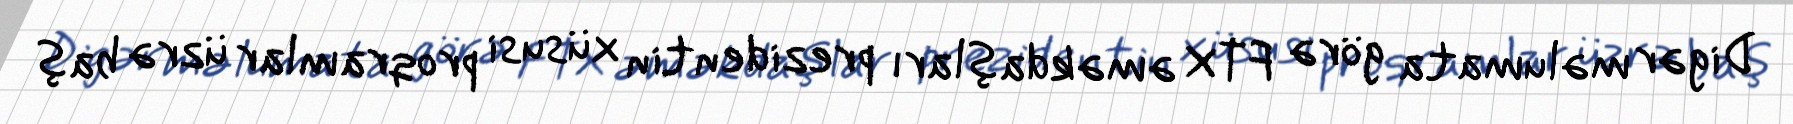
Digər məlumata görə FTX əməkdaşları prezidentin xüsusi proqramlar üzrə baş